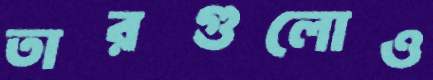
তারগুলোও